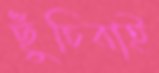
ছুঁচিবাই